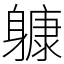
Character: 躿